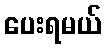
ပေးရမယ်